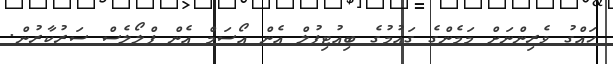
ހައްގު ވެރިންނަށް މަމެންގެ ގައުމުގެ ބިއުޓިފުލް އެން އޯސަމް އެން ފްލޯލެސް ސަރުކާރުން.